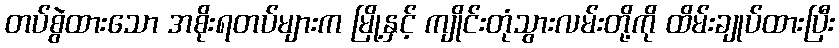
တပ်စွဲထားသော အစိုးရတပ်များက မြို့နှင့် ကျိုင်းတုံသွားလမ်းတို့ကို ထိမ်းချုပ်ထားပြီး